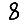
Digit: 8